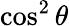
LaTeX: \cos^{2}\theta